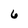
Character: 6